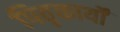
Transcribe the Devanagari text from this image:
पितृकार्यों